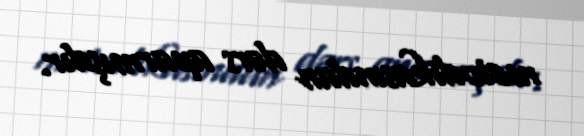
metodikasından dərs aparmışdır.